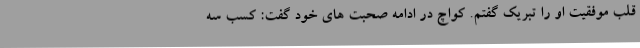
قلب موفقیت او را تبریک گفتم. کواچ در ادامه صحبت های خود گفت: کسب سه